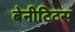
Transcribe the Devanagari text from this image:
बेनीटिटस